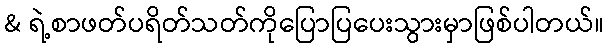
& ရဲ့စာဖတ်ပရိတ်သတ်ကိုပြောပြပေးသွားမှာဖြစ်ပါတယ်။